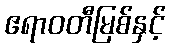
ဧရာဝတီမြစ်နှင့်